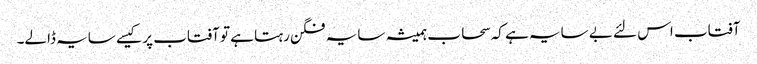
آفتاب اس لئے بے سایہ ہے کہ سحاب ہمیشہ سایہ فگن رہتا ہے تو آفتاب پر کیسے سایہ ڈالے۔